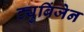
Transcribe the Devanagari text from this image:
ट्युबिंजेन